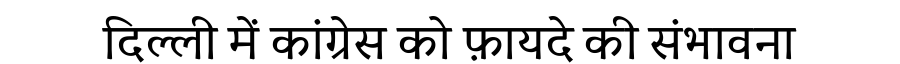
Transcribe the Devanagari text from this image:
दिल्ली में कांग्रेस को फ़ायदे की संभावना